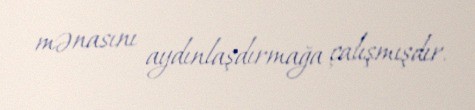
mənasını aydınlaşdırmağa çalışmışdır.